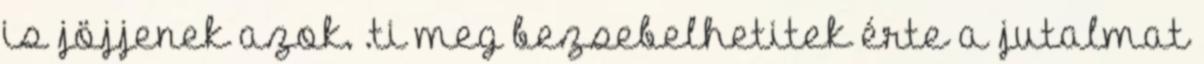
is jöjjenek azok. .ti meg bezsebelhetitek érte a jutalmat